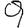
Digit: 9